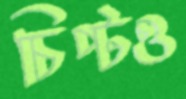
চিপ্‌টও